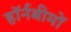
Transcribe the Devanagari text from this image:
हॉर्नबीमों